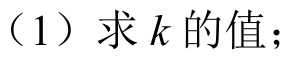
（1）求 \(k\) 的值；